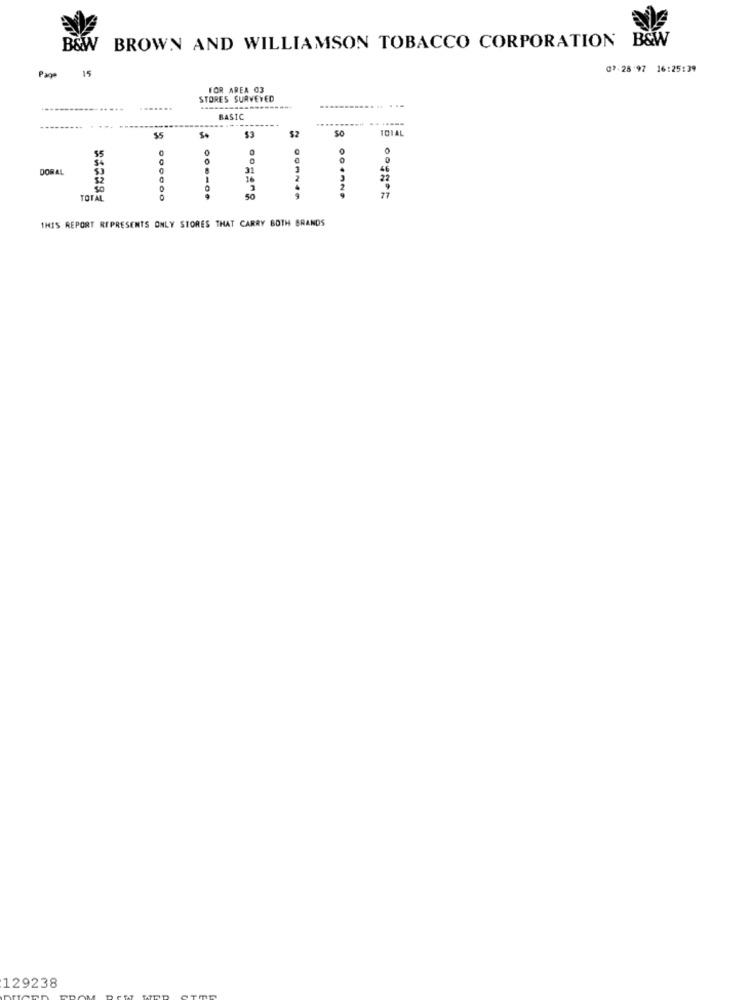
BROWN AND WILLIAMSON TOBACCO CORPORATION B&W
B&W
07-28'97 16:25:39
Page 15
FOR AREA 03
STORES SURVEYED
BASIC
...
SO
TOTAL
$2
0
0
DORAL
31
.
14
22
TOTAL
50
77
......
THIS REPORT REPRESENTS ONLY STORES THAT CARRY BOTH BRANDS
129238